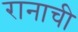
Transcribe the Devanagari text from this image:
रानाची